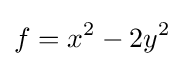
f=x^{2}-2y^{2}